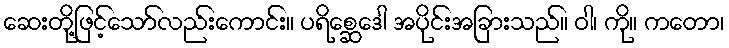
ဆေးတို့ဖြင့်သော်လည်းကောင်း။ ပရိစ္ဆေဒေါ အပိုင်းအခြားသည်။ ဝါ၊ ကို။ ကတော၊